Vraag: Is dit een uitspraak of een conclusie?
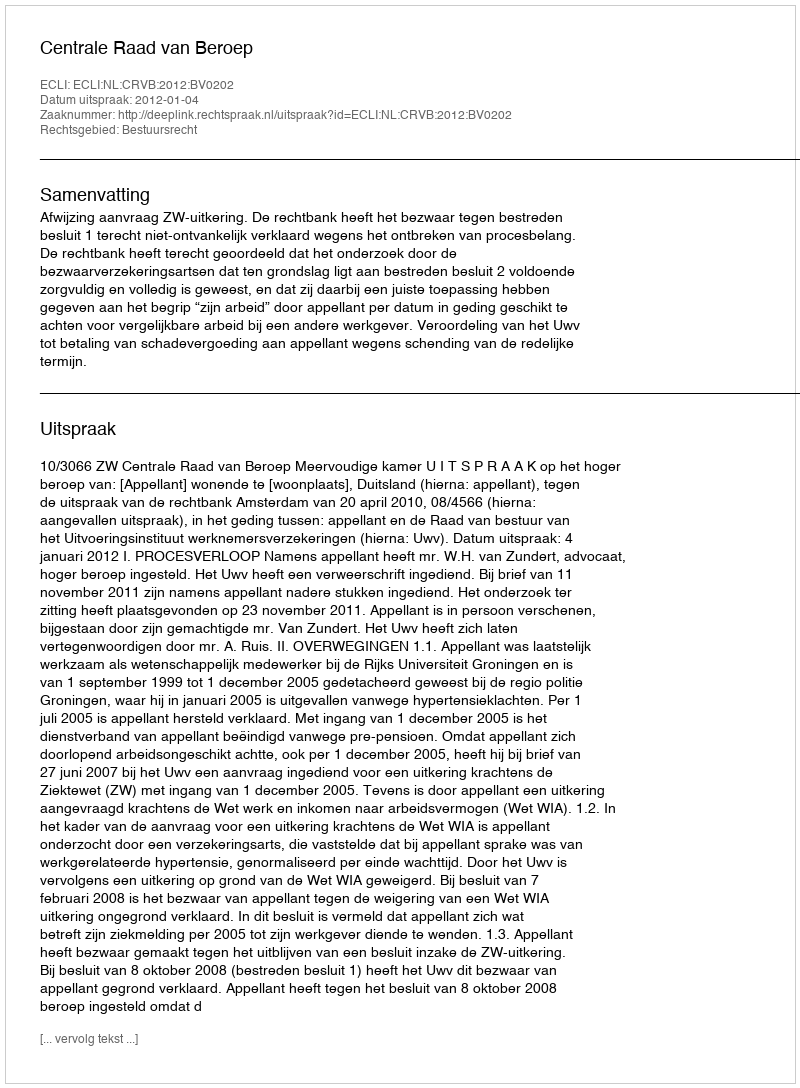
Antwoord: Uitspraak